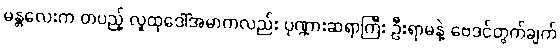
မန္တလေးက တပည့် လူထုဒေါ်အမာကလည်း ပုဏ္ဏားဆရာကြီး ဦးရာမနဲ့ ဗေဒင်တွက်ချက်